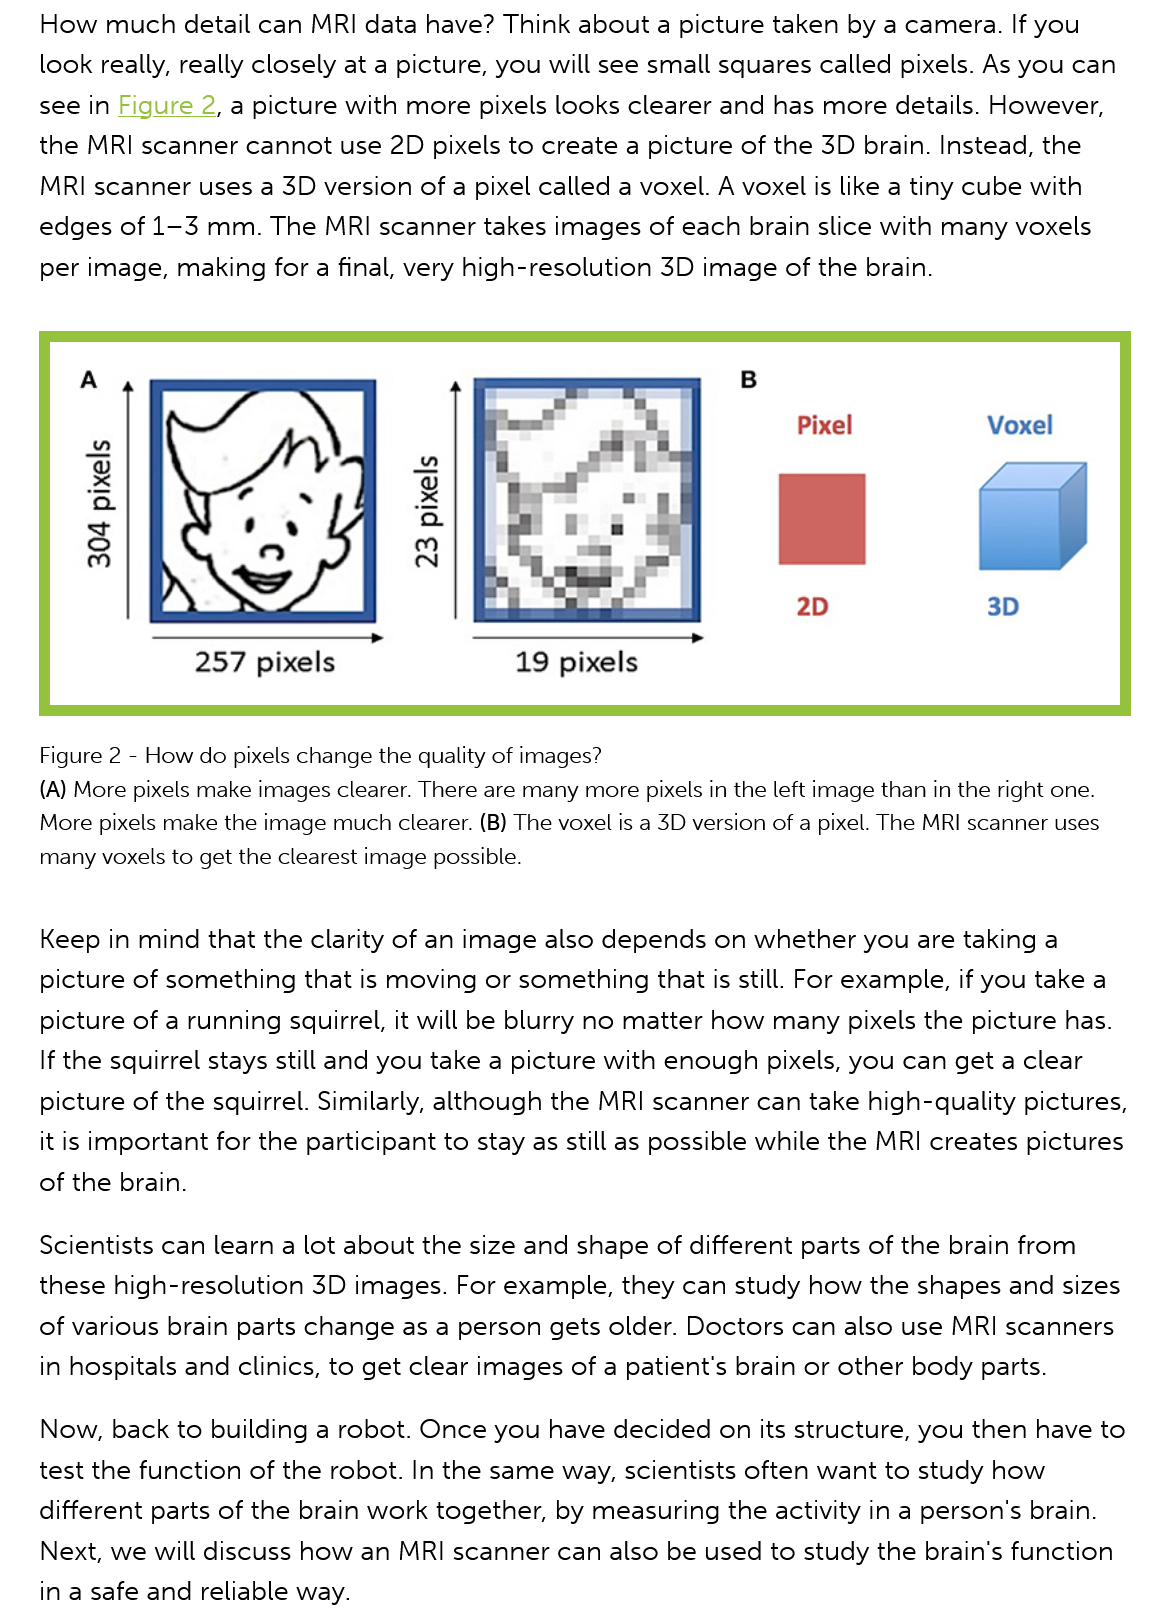
How  much detail can  MRI data have? Think about  a picture taken by a camera. If you
    look really, really closely at a picture, you will see small squares called pixels. As you can
    see in Figure
     2,
     a picture with more pixels looks clearer and has more details. However,
    the MRI scanner cannot  use 2D pixels to create a picture of the 3D brain. Instead, the
    MRI scanner uses a 3D  version of a pixel called a voxel. A voxel is like a tiny cube with
    edges of 1-3 mm.  The  MRI scanner takes images  of each brain slice with many voxels
    per image, making  for a final, very high-resolution 3D image of the brain.
     >
     304
     pixels
     23
     pixels

     257  pixels    19  pixels
     Pixel
     2D

     Voxel
     3D
    Figure 2
     -
     How  do pixels change the quality of images?
    (A) More pixels make images clearer. There are many more pixels in the left image than in the right one.
    More pixels make the image much clearer. (B) The voxel is a 3D version of a pixel. The MRI scanner uses
    many voxels to get the clearest image possible.
    Keep in mind that the clarity of an image also depends on whether you are taking a
    picture of something that is moving or something that is still. For example, if you take a
    picture of a running squirrel, it will be blurry no matter how many pixels the picture has.
    If the squirrel stays still and you take a picture with enough pixels, you can get a clear
    picture of the squirrel. Similarly, although the MRI scanner can take high-quality pictures,
    it is important for the participant to stay as still as possible while the MRI creates pictures
    of the brain.
    Scientists can learn a lot about the size and shape of different parts of the brain from
    these high-resolution 3D images. For example,  they can study how  the shapes and sizes
    of various brain parts change as a person gets older. Doctors can also use MRI scanners
    in hospitals and clinics, to get clear images of a patient's brain or other body parts.
    Now,  back to building a robot. Once you have decided  on its structure, you then have to
    test the function of the robot. In the same way, scientists often want to study how
    different parts of the brain work together, by measuring the activity in a person's brain.
    Next, we will discuss how an MRI scanner  can also be used to study the brain's function
    in a safe and reliable way.